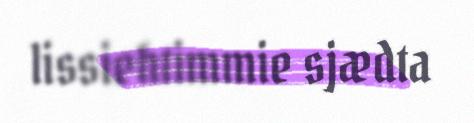
lissiehtimmie sjædta